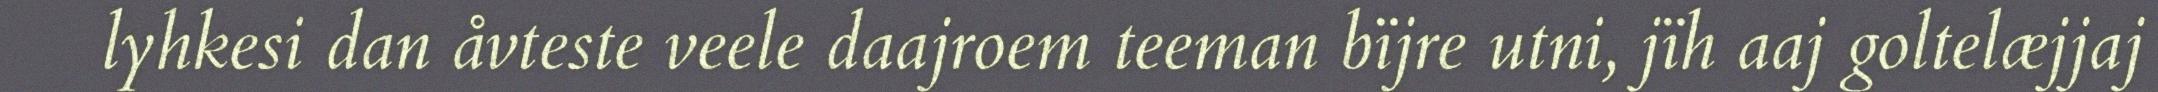
lyhkesi dan åvteste veele daajroem teeman bïjre utni, jïh aaj goltelæjjaj